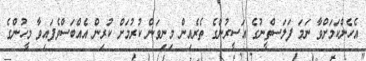
އެހެންކަމަށްވާ ނަމަ ފަލަސްތީނުގެ އަސީރުންގެ ތެރެއިން މިނިވަން ކުރުމަށް ކުރިން އެއްބަސްވެފައިވާ މީހުންގެ